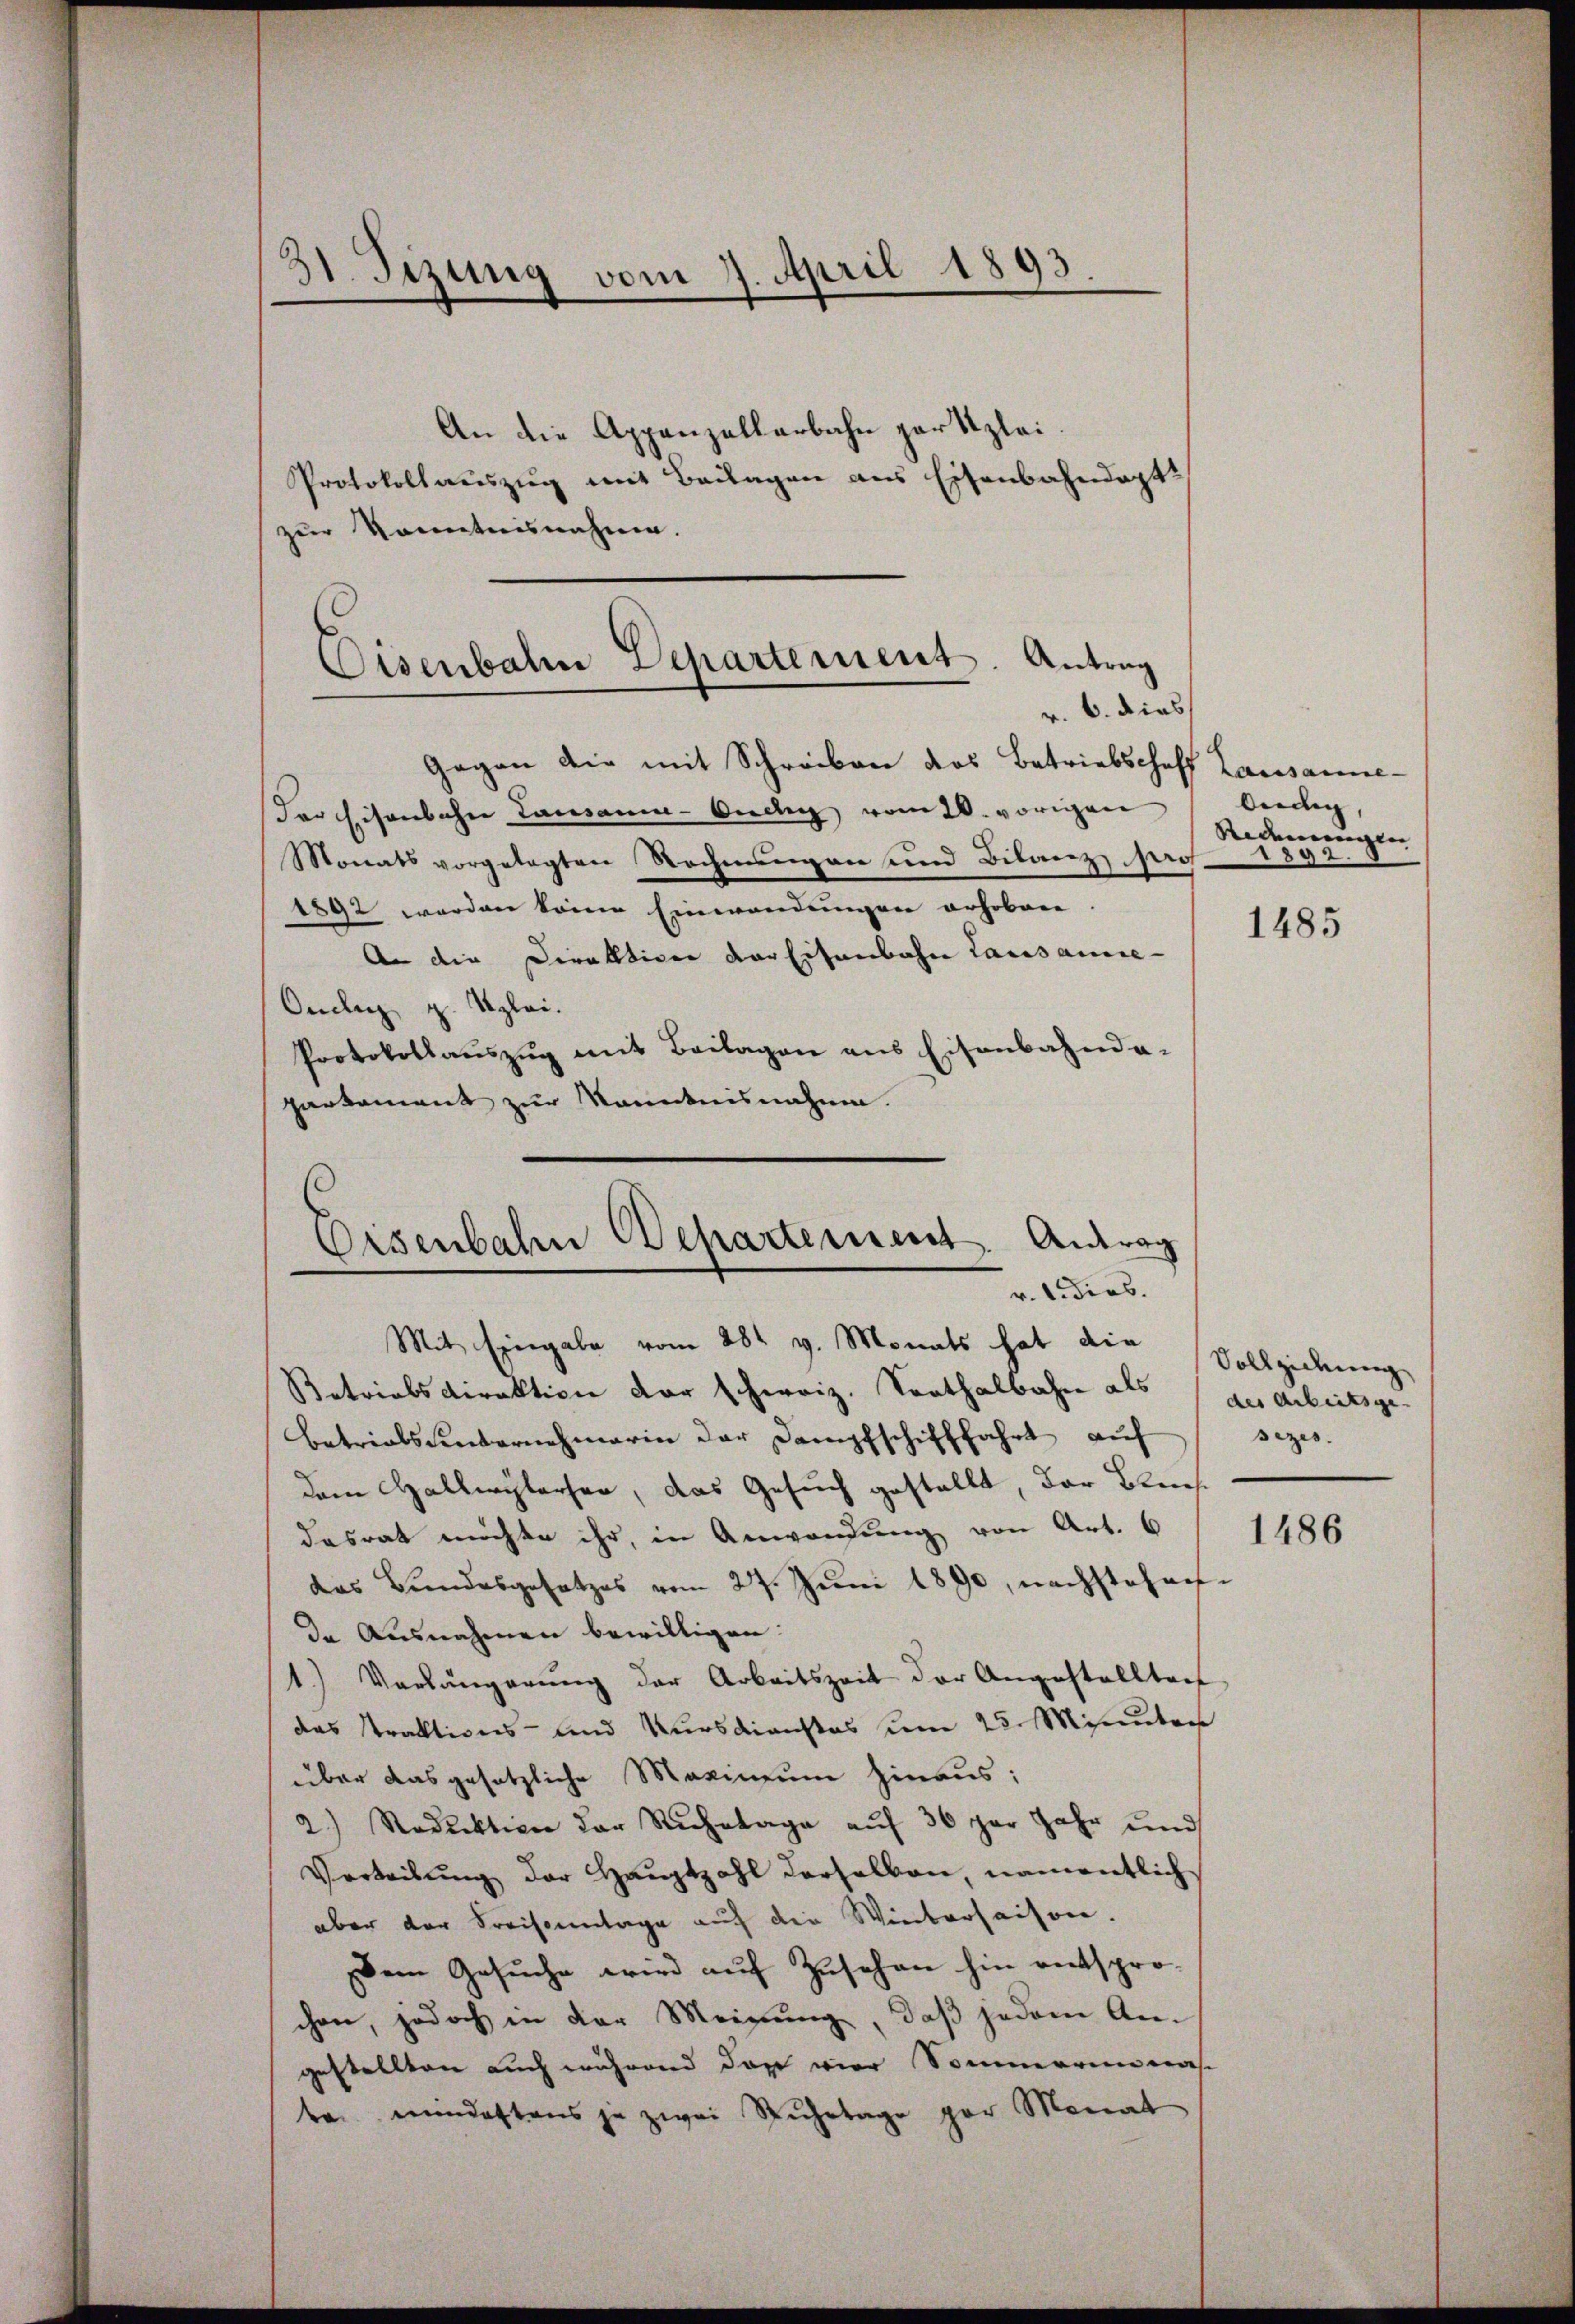
31. Sizung vom 9. April 1893

zur Kenntnisnahme.

An die Appenzellarbahn gar klei
Protokollauszug mit Beilagen aus Eisenbahndapt

Eisenbahn Departement. Antrag
v. 6. dies

Gegen die mit Schreiben das Betriebschoff Lausanne-
Der Eisenbahn Lausann-Orden vom 20. vorigen
Monats vorgelegten Rechnungen und Bilanz sei
1892 werden keine Einwendungen erhoben.
An die Direktion der Eisenbahn Lausanne¬
Oncles z. Szlei.
Protokollauszug mit Beilagen ans Eisenbahnda-
parkament zur Kenntnisnahme.

Eisenbahn Departement. Antrag
v. l. dies

Mit Eingabe vom 28t v. Monats hat die
Betriebsdirektion der schweiz. Santhalbahne als des arbeitsge-
betrialsunternehmerin der Dampfschifffahrt auf
dem Hallwylerser, das Gesuch gestellt, der Kreisdasrat möchte ihr, in Anwendung von Art. 6
das Bundesgesetzes vom 27. Juni 1890, nachstehens
Da Ausnahmen bewilligen.
1.) Vorlängerung der Arbeitszeit der Angestellten
das Traktions- und Kursdienstes um 23. Minuten
über das gesetzliche Maximum hinaus;
2.) Reduktion der Ruhetage aŭf 36 par Jahr und
Vertribung der Hauptzahl derselben, namentlich
aber der Kreisonntage auf die Winterhaisen.
Dem Gesuche wird auf Zusehen hin entsprochen, jedoch in der Meinung, daß jedem Angestellten auch während das vier Sommerin nas
bei mindestens je zwei Ruhetage par Monat

biedig,
Redenennglen |
8

1485

Vollziehung
sezes.

1486